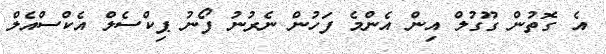
އެ ގޮތުން ގޫގުލް އިން އެންމެ ފަހުން ނެރުނު ފޯނު ޕިކްސެލް އެކްސްއެލް